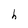
Character: h